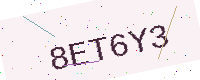
Text: 8ET6Y3